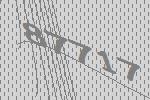
87717